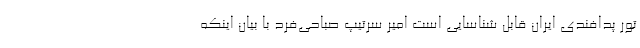
تور پدافندی ایران قابل شناسایی است امیر سرتیپ صباحی‌فرد با بیان اینکه